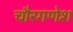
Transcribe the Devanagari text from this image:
चौरगणेश